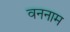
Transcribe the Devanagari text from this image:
वननाम